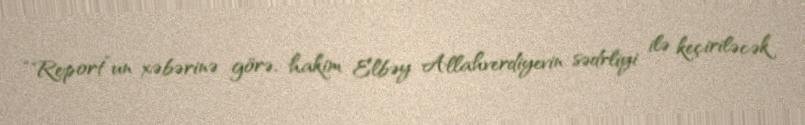
“Report”un xəbərinə görə, hakim Elbəy Allahverdiyevin sədrliyi ilə keçiriləcək